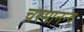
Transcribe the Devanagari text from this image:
चरमानन्द